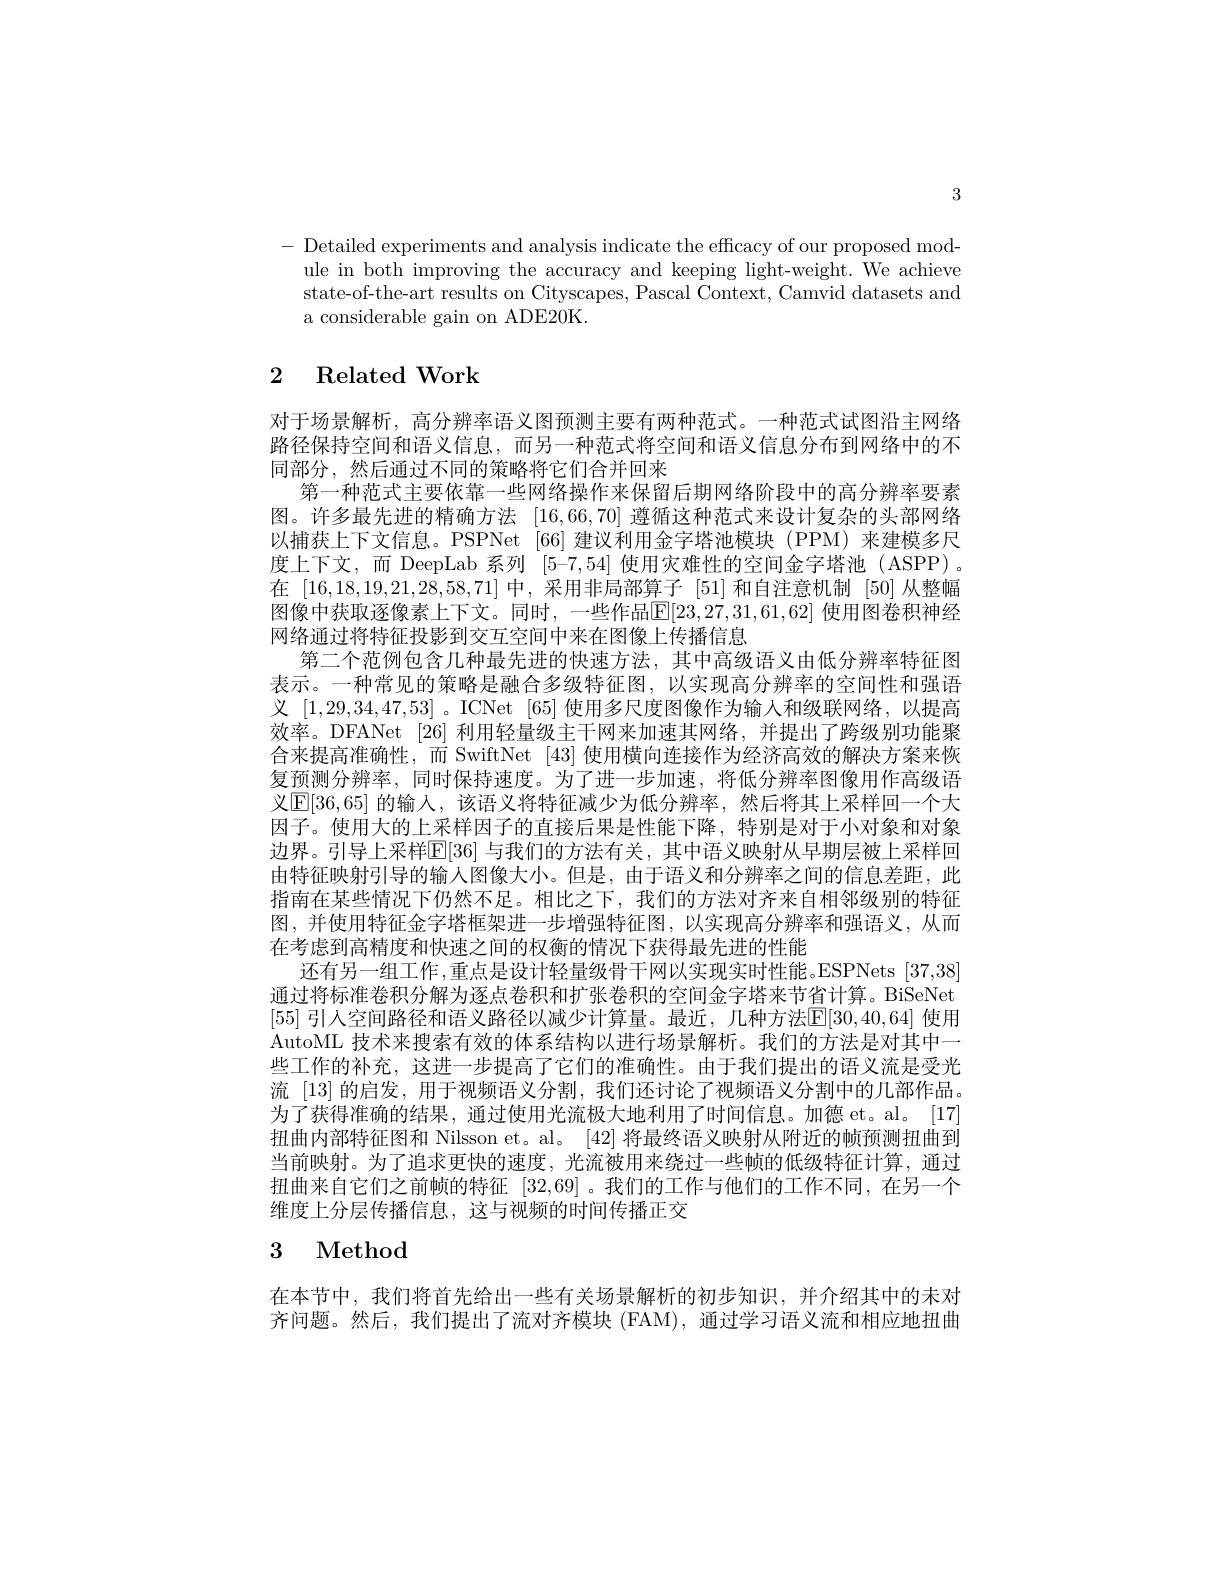
3

- Detailed experiments and analysis indicate the efficacy of our proposed mod-
ule in both improving the accuracy and keeping light-weight. We achieve state-of-the-art results on Cityscapes, Pascal Context, Camvid datasets and a considerable gain on ADE20K.

# 2 Related Work

对于场景解析，高分辨率语义图预测主要有两种范式。一种范式试图沿主网络路径保持空间和语义信息，而另一种范式将空间和语义信息分布到网络中的不同部分，然后通过不同的策略将它们合并回来
第一种范式主要依靠一些网络操作来保留后期网络阶段中的高分辨率要素图。许多最先进的精确方法[16,66,70]遵循这种范式来设计复杂的头部网络以捕获上下文信息。PSPNet [66]建议利用金字塔池模块(PPM)来建模多尺度上下文，而 DeepLab 系列[5-7,54]使用灾难性的空间金字塔池 (ASPP)。在[16,18,19,21,28,58,71]中，采用非局部算子[51]和自注意机制 [50]从整幅图像中获取逐像素上下文。同时，一些作品$\mathsf E|23,27,31,61,62|$ 使用图卷积神经网络通过将特征投影到交互空间中来在图像上传播信息
第二个范例包含几种最先进的快速方法，其中高级语义由低分辨率特征图表示。一种常见的策略是融合多级特征图，以实现高分辨率的空间性和强语义[1,29,34,47,53] 。ICNet [65]使用多尺度图像作为输人和级联网络，以提高效率。DFANet [26] 利用轻量级主干网来加速其网络，并提出了跨级别功能聚合来提高淮确性，而 SwiftNet [43] 使用横向连接作为经济高效的解决方案来恢复预测分辨率，同时保持速度。为了进一步加速，将低分辨率图像用作高级语义$\operatorname{E[36,65]}$ 的输入，该语义将特征减少为低分辨率，然后将其上采样回一个大因子。使用大的上采样因子的直接后果是性能下降，特别是对于小对象和对象边界。引导上采样E|36| 与我们的方法有关，其中语义映射从早期层被上采样回由特征映射引导的输入图像大小。但是，由于语义和分辨率之间的信息差距，此指南在某些情况下仍然不足。相比之下，我们的方法对齐来自相邻级别的特征图，并使用特征金字塔框架进一步增强特征图，以实现高分辨率和强语义，从而在考虑到高精度和快速之间的权衡的情况下获得最先进的性能
还有另一组工作，重点是设计轻量级骨干网以实现实时性能。ESPNets [37,38] 通过将标准卷积分解为逐点卷积和扩张卷积的空间金字塔来节省计算。BiSeNet [55] 引人空间路径和语义路径以减少计算量。最近，几种方法$\mathbb{E}[30,40,64]$ 使用AutoML 技术来搜索有效的体系结构以进行场景解析。我们的方法是对其中一些工作的补充，这进一步提高了它们的准确性。由于我们提出的语义流是受光流 [13] 的启发，用于视频语义分割，我们还讨论了视频语义分割中的几部作品。为了获得准确的结果，通过使用光流极大地利用了时间信息。加德 et。al。[17] 扭曲内部特征图和 Nilsson et。al。[42] 将最终语义映射从附近的帧预测扭曲到当前映射。为了追求更快的速度，光流被用来绕过一些帧的低级特征计算，通过扭曲来自它们之前帧的特征[32,69] 。我们的工作与他们的工作不同，在另一个维度上分层传播信息，这与视频的时间传播正交

# 3 Method

在本节中，我们将首先给出一些有关场景解析的初步知识，并介绍其中的未对齐问题。然后，我们提出了流对齐模块(FAM),通过学习语义流和相应地扭曲